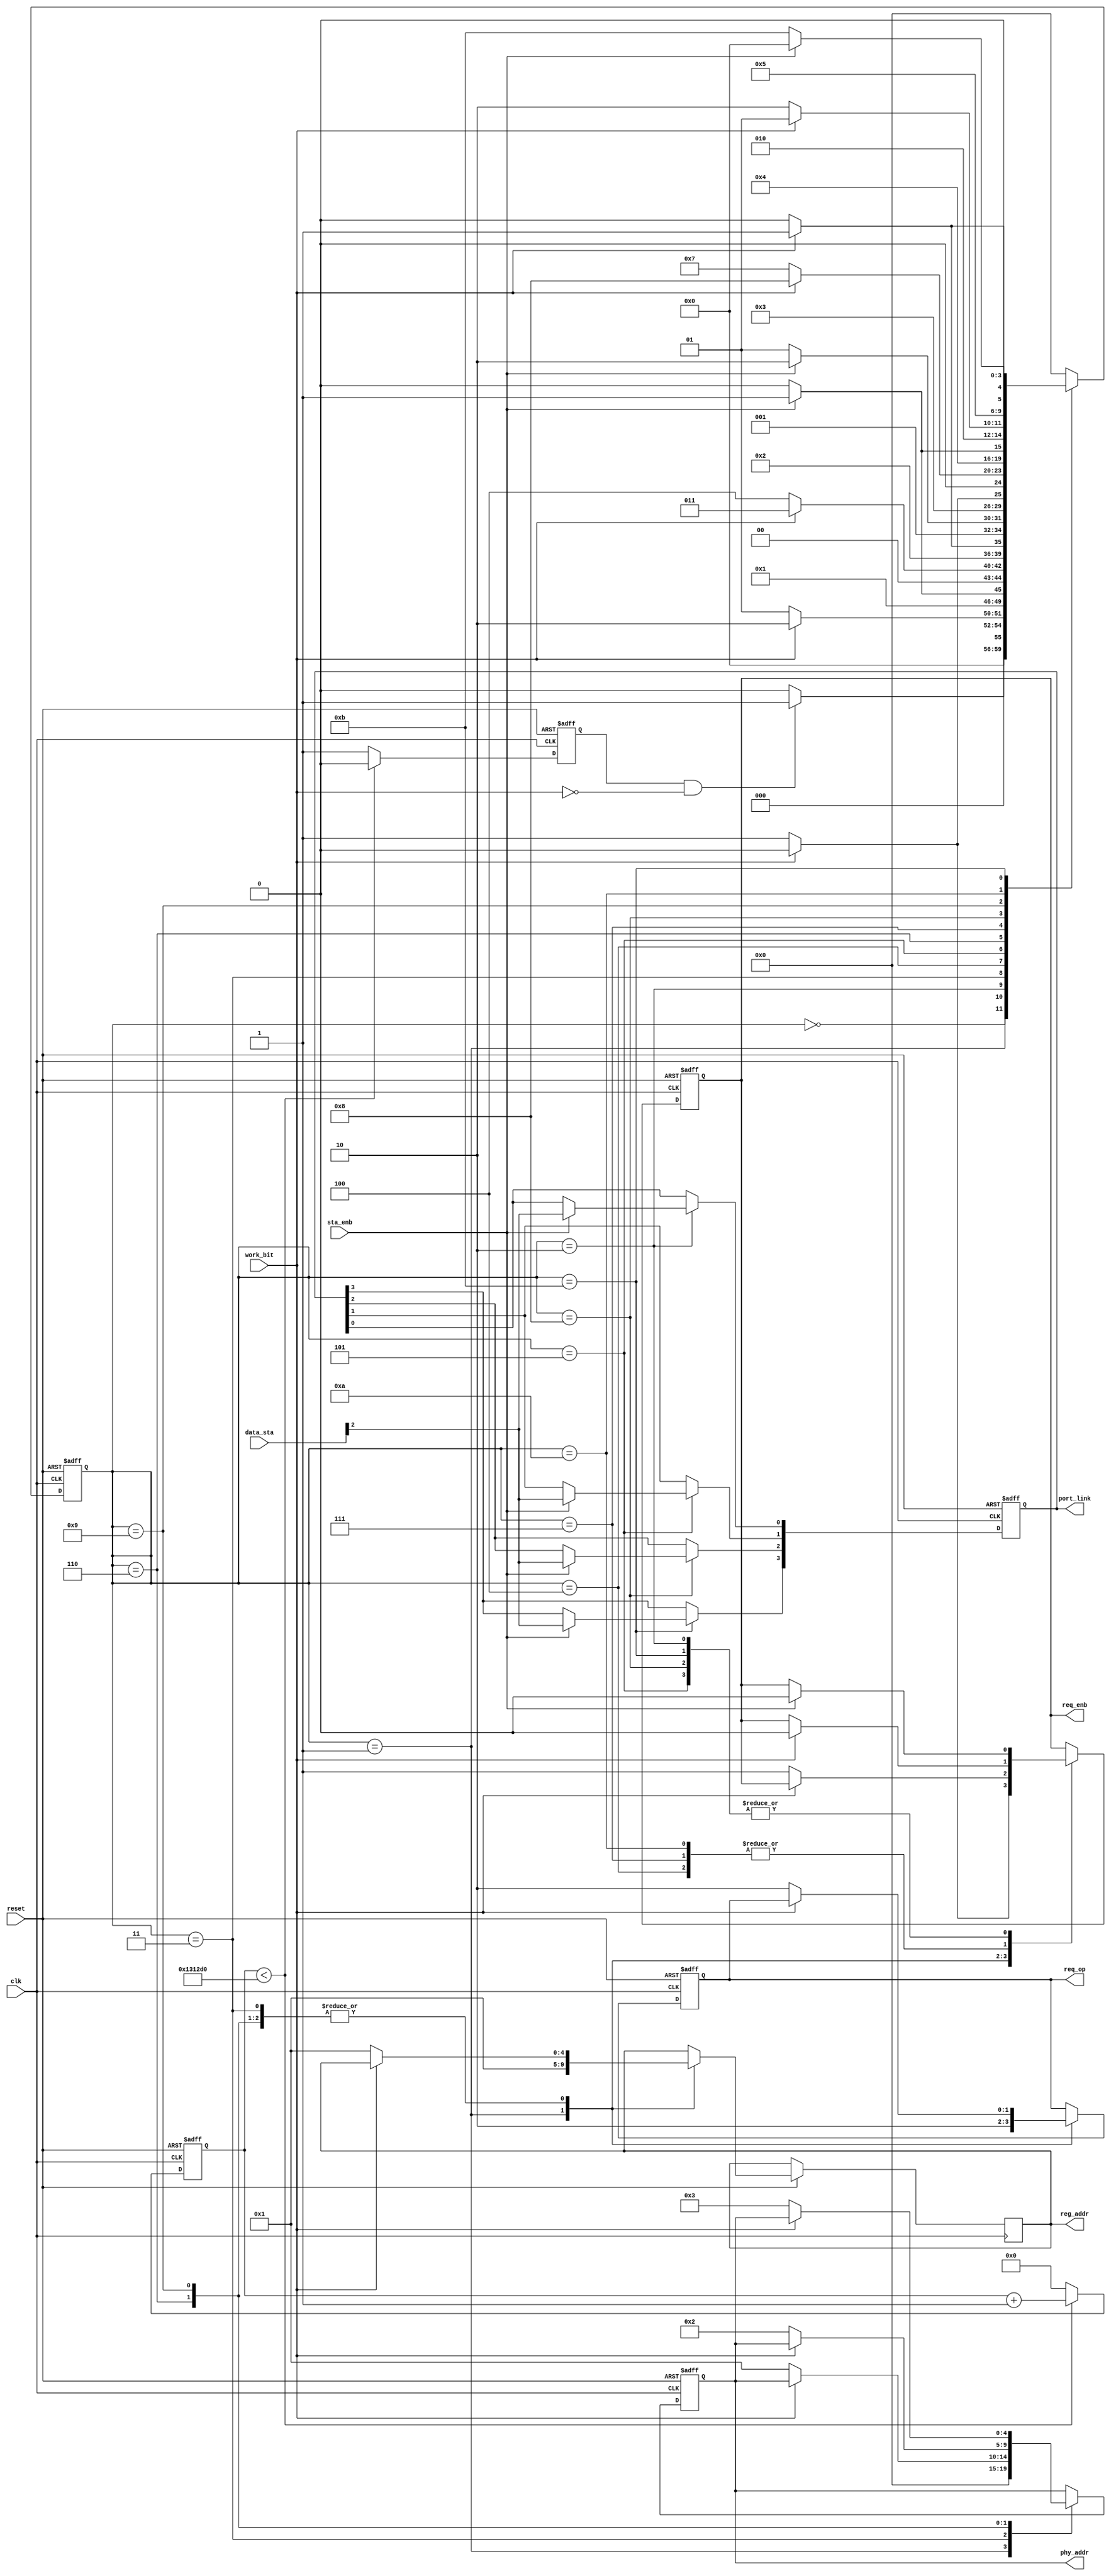
// This program was cloned from: https://github.com/FAST-Switch/fast
// License: Apache License 2.0

//Reg_access0.1slinklinkport_linkclk12.5MHZ
//Reg_accessreg_enbreg_op[1:0] 10phy_addr[4:0]
//00000reg_addr[4:0] 00001
//phy10linkPort_link[3:0]reg_enb
module reg_access (
		input clk,
		input reset,
		input work_bit,
		//
		output reg req_enb,
		output reg [1:0] req_op,
		output reg [4:0]phy_addr,
		output reg [4:0]reg_addr,
		output reg [3:0]port_link,
		input  [15:0]data_sta,
		input  sta_enb
);
reg [31:0]cnt;
reg [4:0]state;
reg timer;
parameter	  	idle      =4'd0,
					read_port0=4'h1,
					send_data0=4'h2,
					read_port1=4'd3,
					key_data1 =4'd4,
					send_data1=4'd5,
					read_port2=4'd6,
					key_data2 =4'd7,
					send_data2=4'd8,
					read_port3=4'd9,
					key_data3 =4'hA,
					send_data3=4'hB;
					//
always@(posedge clk,negedge reset)begin//
   if(!reset)begin
					cnt<=32'b0;
					timer<=1'b0;
					end
	else if(cnt<32'd1250000)begin	
				cnt<=cnt+1'b1;
				timer<=1'b0;
		  end
	else begin
			cnt<=32'b0;
			timer<=1'b1;
		  end
 end 

always@(posedge clk,negedge reset)begin
	if(!reset)begin
					req_enb<=1'b0;
					req_op<=2'b10;
					phy_addr<=5'b0;
					port_link<=4'b0;
					state<=idle;
					end
	else begin//0.1slink
			case(state) 
				 idle:  if(timer==1'b1&&work_bit==1'b0)begin//0.1s
							state<=read_port0;
							end
							else begin
							state<=idle;//
							end
							//					
		   read_port0: begin//0link
							req_enb<=1'b1;//
							req_op<=2'b10;//
							phy_addr<=5'd0;//0
							reg_addr<=5'd1;//phy
							if(work_bit==1'b1)begin//
								req_enb<=1'b0;
								state<=send_data0;
							end
							else begin
							state<=read_port0;
							end
						end
							//								
		   send_data0:   begin//link,
							   if(sta_enb==1'b1)begin//
								port_link[0]<=data_sta[2];
								req_enb<=1'b0;
								state<=read_port1;
								end
								else begin
								state<=send_data0;
								end								
							end
							//						
		   read_port1: 	if(work_bit==1'b0)begin//1link
								req_enb<=1'b1;
								req_op<=2'b10;
								phy_addr<=5'd1;
								reg_addr<=5'd1;//phy
								state<=key_data1;
								end
						      else begin
								state<=read_port1;
							   end
							//
			key_data1:	   if(work_bit==1'b1)begin//
								req_enb<=1'b0;
								state<=send_data1;
								end
						      else begin
							   state<=key_data1;
						      end	
                           //						
		   send_data1:    begin//link,
								if(sta_enb==1'b1)begin//									
									port_link[1]<=data_sta[2];
									req_enb<=1'b0;
									state<=read_port2;
									end
								else begin
									state<=send_data1;
									end
								end
							//
	       read_port2:		if(work_bit==1'b0)begin//2link
							       req_enb<=1'b1;
							       req_op<=2'b10;
						          phy_addr<=5'd2;
							       reg_addr<=5'd1;//phy
							       state<=key_data2;
							       end
							       else begin
							       state<=read_port2;
							       end	
							//
			key_data2:	   if(work_bit==1'b1)begin//
								req_enb<=1'b0;
								state<=send_data2;
								end
						      else begin
							   state<=key_data2;
						      end	
                           //				
		   send_data2:    begin//link,
								   if(sta_enb==1'b1)begin//									
									port_link[2]<=data_sta[2];
									req_enb<=1'b0;
									state<=read_port3;
									end
									else begin
									state<=send_data2;
									end
						      end
		            	//					
		   read_port3:	    begin
							    if(work_bit==1'b0)begin//3link
							    req_enb<=1'b1;
							    req_op<=2'b10;
						       phy_addr<=5'd3;
							    reg_addr<=5'd1;//phy
							    state<=key_data3;
							    end
							    else begin
							    state<=read_port3;
							    end
						       end
							//
		    key_data3:	    if(work_bit==1'b1)begin//
								  req_enb<=1'b0;
								  state<=send_data3;
						       end
						       else begin
							    state<=key_data3;
						       end	
                           //				
		   send_data3:	    if(sta_enb==1'b1)begin//									
							  	 port_link[3]<=data_sta[2];
							    req_enb<=1'b0;
								 state<=idle;
						       end
						       else begin
								 state<=send_data3;
						       end					 
			default:		    state<=idle;		
			endcase
		end
		end
endmodule